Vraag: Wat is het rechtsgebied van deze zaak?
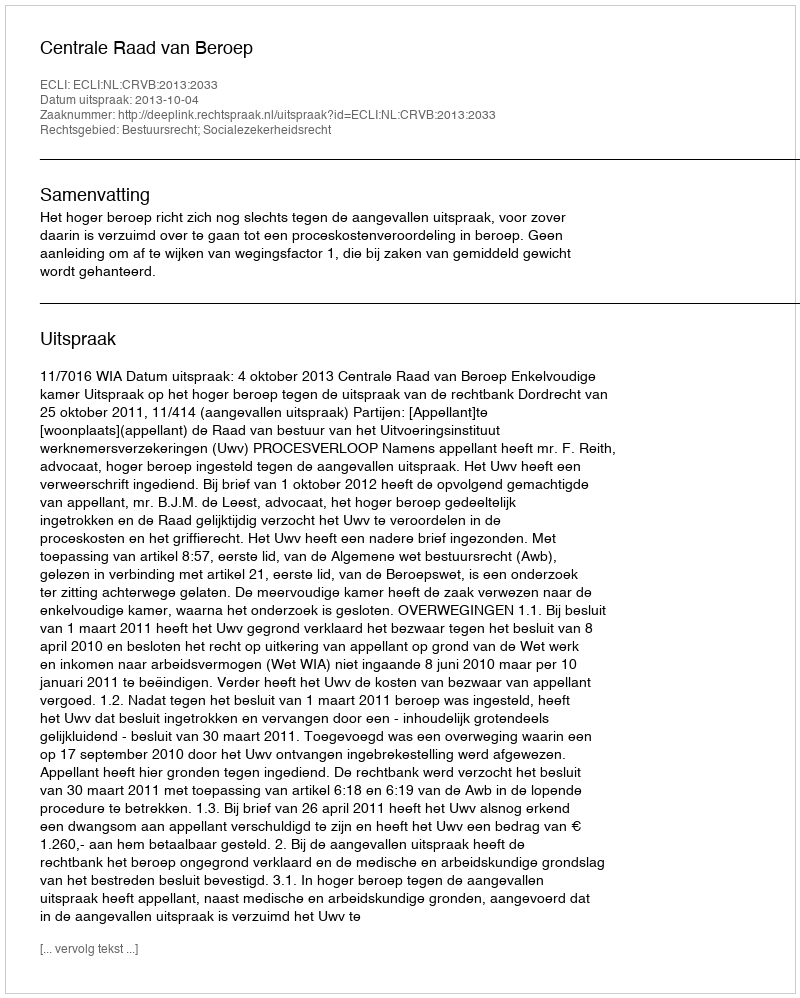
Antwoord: Bestuursrecht; Socialezekerheidsrecht